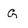
Character: G